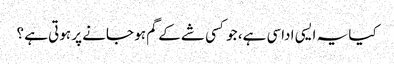
کیا یہ ایسی اداسی ہے، جو کسی شے کے گم ہو جانے پر ہوتی ہے ؟